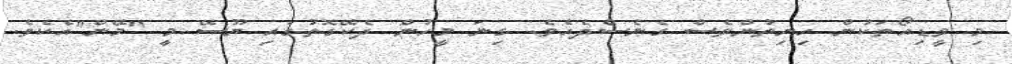
މި ވީޑިއޯތަކުން ހިނިތުންވެސް ގެނެސްދެއެވެ. ގިނަ މީހުން ދެކޭގޮތުގައި ޔޫސޭ މީ "މޭން"އެކެވެ.